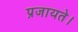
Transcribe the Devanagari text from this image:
प्रजायते।